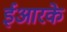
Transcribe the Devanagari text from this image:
ईआरके